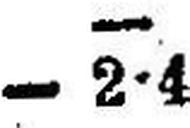
— 2•4